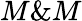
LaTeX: M\& M